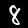
Label: 8